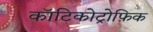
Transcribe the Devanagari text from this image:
कॉटिकोट्रोफ़िक